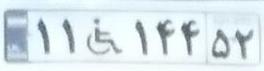
۱۱+۱۴۴۵۲